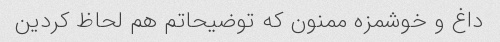
داغ و خوشمزه ممنون که توضیحاتم هم لحاظ کردین